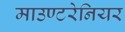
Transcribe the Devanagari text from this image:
माउण्टरेनियर